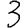
Digit: 3